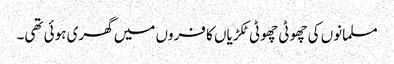
مسلمانوں کی چھوٹی چھوٹی ٹکڑیاں کا فروں میں گھری ہوئی تھی۔